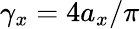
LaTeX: \gamma_{x}=4a_{x}/\pi